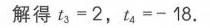
解得 \(t_{3}=2\)，\(t_{4}=-18\)。